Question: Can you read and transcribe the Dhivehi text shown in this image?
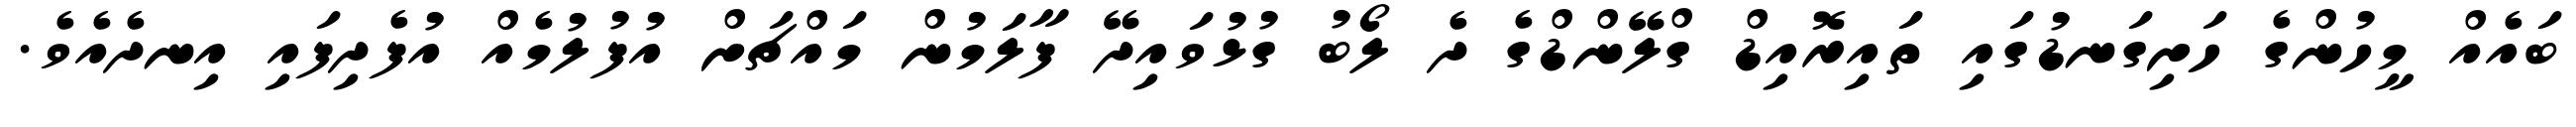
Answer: ބައެއް މީހުންގެ ހަށިގަނޑުގައި ތައިރޮއިޑް ގްލޭންޑްގެ ދެ ލޯބު ގުޅުވައިދޭ ފާލަމުން މައްޗަށް އުފުލުމެއް އުފެދިފައި އިނދެއެވެ.